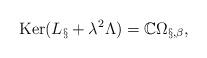
LaTeX: \begin{align*}{\rm Ker}(L_\S+\lambda^2\Lambda) = {\mathbb C}\Omega_{\S,\beta},\end{align*}